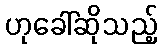
ဟုခေါ်ဆိုသည့်